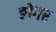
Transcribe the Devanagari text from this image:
ङोंगर